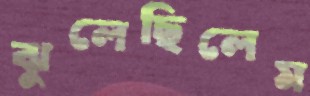
ঝুলেছিলেম